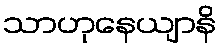
သာဟုနေယျာနိ